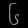
Digit: ၆